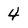
Character: 4